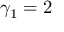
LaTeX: \gamma _ { 1 } = 2